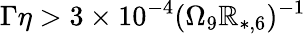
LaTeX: \Gamma\eta>3\times10^{-4}(\Omega_{9}\mathbb{R}_{*,6})^{-1}